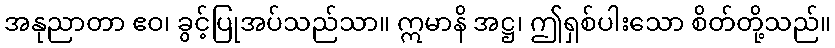
အနုညာတာ ဧဝ၊ ခွင့်ပြုအပ်သည်သာ။ ဣမာနိ အဋ္ဌ၊ ဤရှစ်ပါးသော စိတ်တို့သည်။